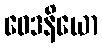
ဝေဒနိယော